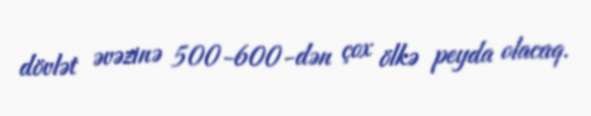
dövlət əvəzinə 500-600-dən çox ölkə peyda olacaq.